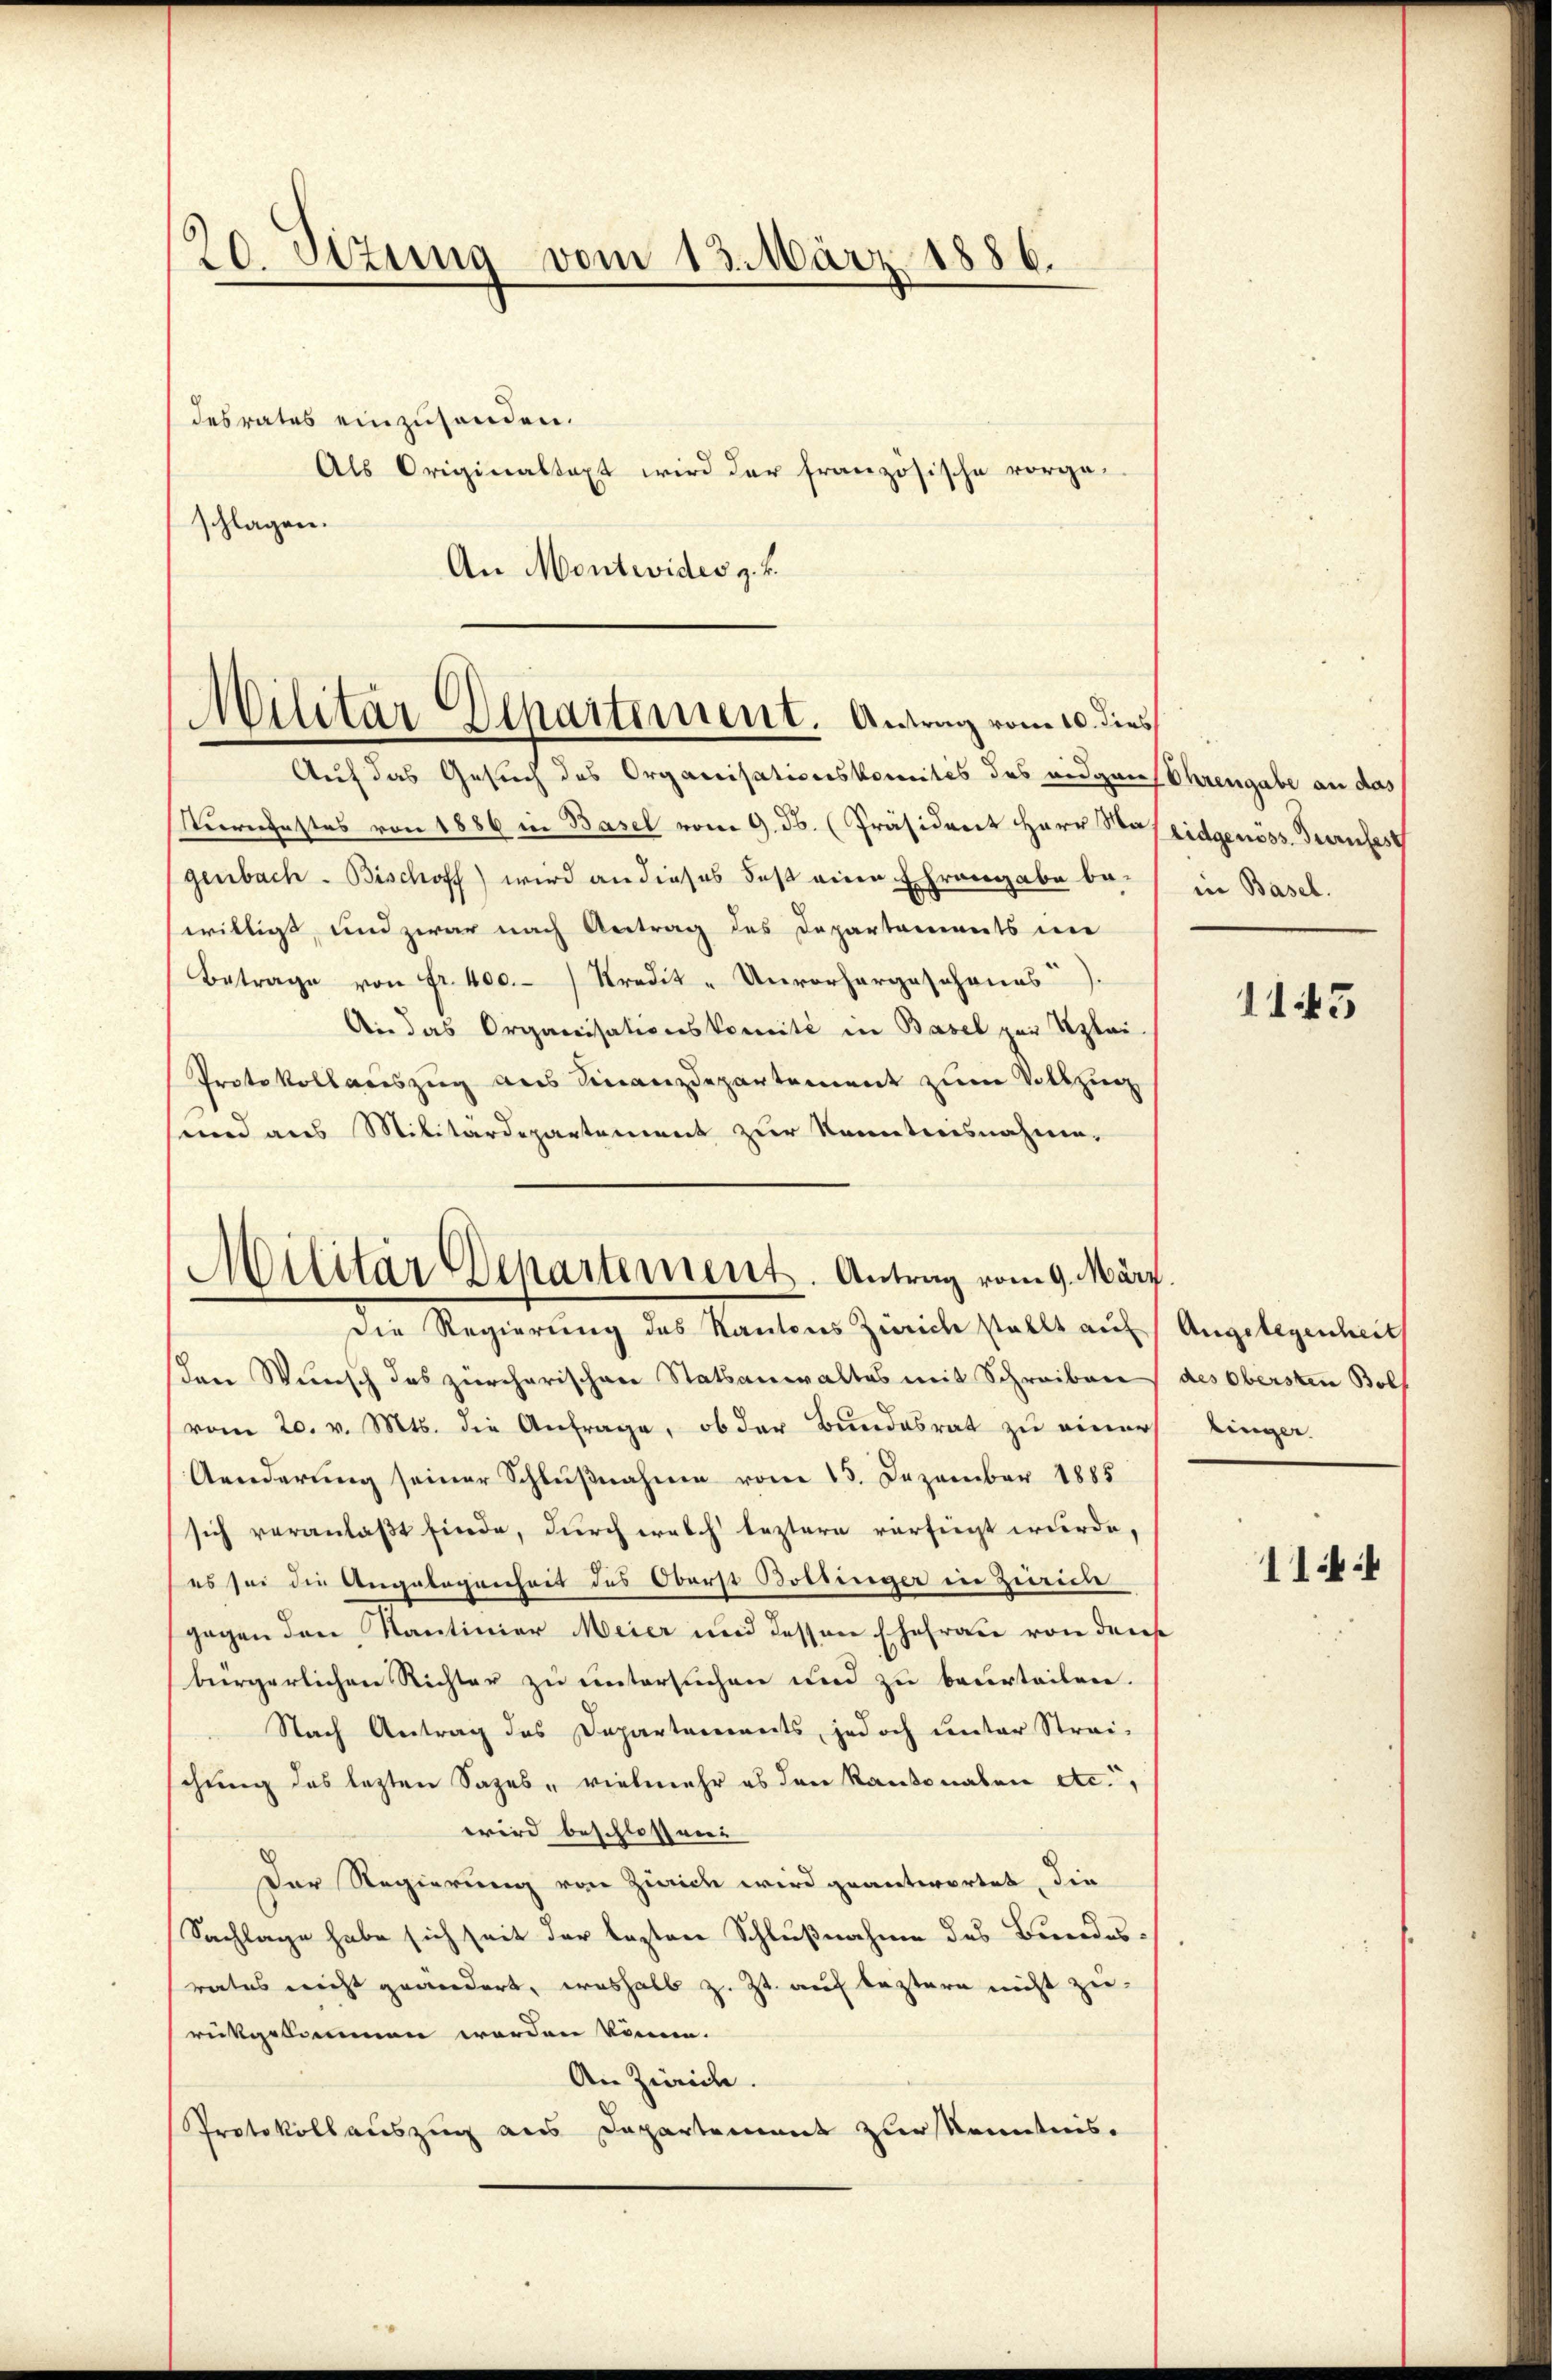
10
20. Sizung vom 13. März 1886.

desrates einzuhanden.
Als Originaltaxt wird der französische vorgeschlagen.
An Montwider z. B.

Auf das Gesuch des Organisationskomités des eidgan Ehrengabe an das
Kurnfestes von 1886 in Basel vom 9. ds. (Präsident Herr Was eidgenöss. Turnfest
genbach. Bischoff) wird an dieses das eine Ehrangabe be-
willigt, und zwar nach Antrag des Departements in
Betrage von fr. 400.-) Kredit- Unvorhergeschonns).
An das Organisationskomité in Basel zur Klei-
Protokollauszug aus Finanzdepartement zum Vollzug
und aus Militärdepartement zur Kenntnisnahme.
Die Regierung des Kantons Zürich stellt auf Angelegenheit
hrer Wunsch das zürcherischen Statsanwaltes mit Schreiben des Obersten Boll
(vom 20. v. Mts. die Anfrage, ob der Bundesrat zu einer
Aenderung seiner Schlußnahme vom 13. Dezember 1885
sich veranlaßt finde, durch welch leztern verfügt wurde,
es sei die Angelegenheit des Oberst Bottinger in Zweide
gegen den Kantinier Meier und dessen Ehefrau von dreise
bürgerlichen Richter zu untersuchen und zu beurteilen.
Nach Antrag des Departements, jedoch unter Strei-
schung des lezten Sages, vielmehr es den Kantonalen etc.,
wird beschlossenen |
Der Regierung von Zürich wird geantwortet, die
Sachlage habe sich seit der lezten Schlußnahme des Bundes-
rates nicht geändert, weshalb z. Zt. auf bestern nicht zu-
rückgekommen werden könne.
An Zürich.
Protokollauszug aus Departement zur Kenntnis.

Militär Departement. Antrag vom 10. dies

Militär Departement. Antrag vom 9. März.

in Basel.

1145

binger

1144